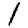
Digit: 1